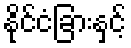
နိုင်ငံခြားနှင့်